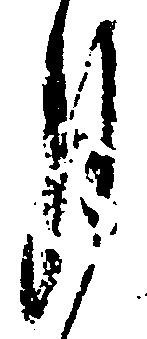
月